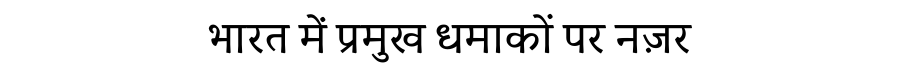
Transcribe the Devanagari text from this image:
भारत में प्रमुख धमाकों पर नज़र